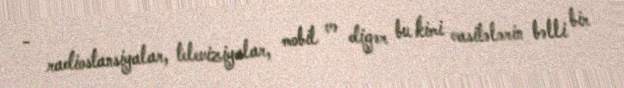
- radiostansiyalar, televiziyalar, mobil və digər bu kimi vasitələrin bəlli bir